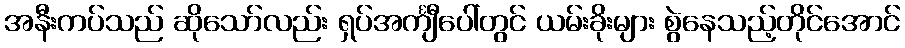
အနီးကပ်သည် ဆိုသော်လည်း ရှပ်အင်္ကျီပေါ်တွင် ယမ်းခိုးများ စွဲနေသည့်တိုင်အောင်